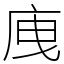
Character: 㡼